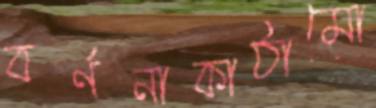
বর্ণনাকাঠামো